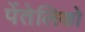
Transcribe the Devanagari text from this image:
पेंतेलिको